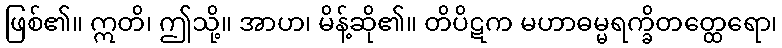
ဖြစ်၏။ ဣတိ၊ ဤသို့။ အာဟ၊ မိန့်ဆို၏။ တိပိဋက မဟာဓမ္မရက္ခိတတ္ထေရော၊